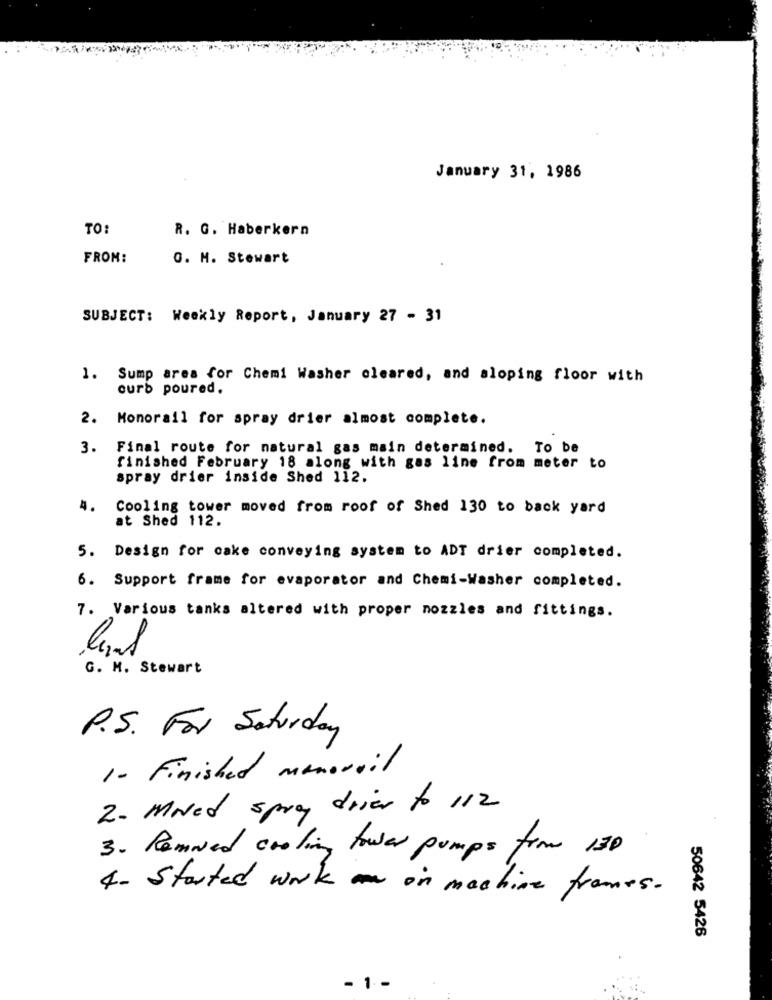
January 31, 1986
TO:
R. G. Haberkern
FROM:
G. M. Stewart
SUBJECT: Weekly Report, January 27 - 31
1. Sump area for Chemi Washer cleared, and sloping floor with
curb poured.
2.
Monorail for spray drier almost complete.
3.
Final route for natural gas main determined. To be
finished February 18 along with gas line from meter to
spray drier inside Shed 112.
4.
Cooling tower moved from roof of Shed 130 to back yard
at Shed 112.
5. Design for cake conveying system to ADT drier completed.
6. Support frame for evaporator and Chemi-Washer completed.
7. Various tanks altered with proper nozzles and fittings.
G. M. Stewart
P.S. For Saturday
1 - Finished manovail
2. Moved spray drier to 112
3. Removed cooling tower pumps for 130
4 . Started work in machine frames .
50642 5426
- 1 -